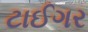
ટાઈગર